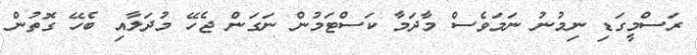
ރަސްމީގަޑި ނިމުނު ނަމަވެސް މާދަމާ ކަސްޓަމުން ނަގަން ޖެހޭ މުދަލާއި ބެހޭ ގޮތުން